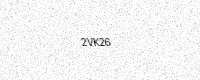
Text: 2VK26